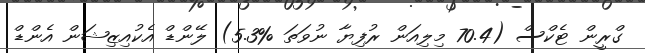
ގްރީން ޓެކްސް (70.4 މިލިއަން ރުފިޔާ ނުވަތަ %5.3) ލޭންޑް އެކުއިޒިޝަން އެންޑް